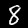
Label: 8